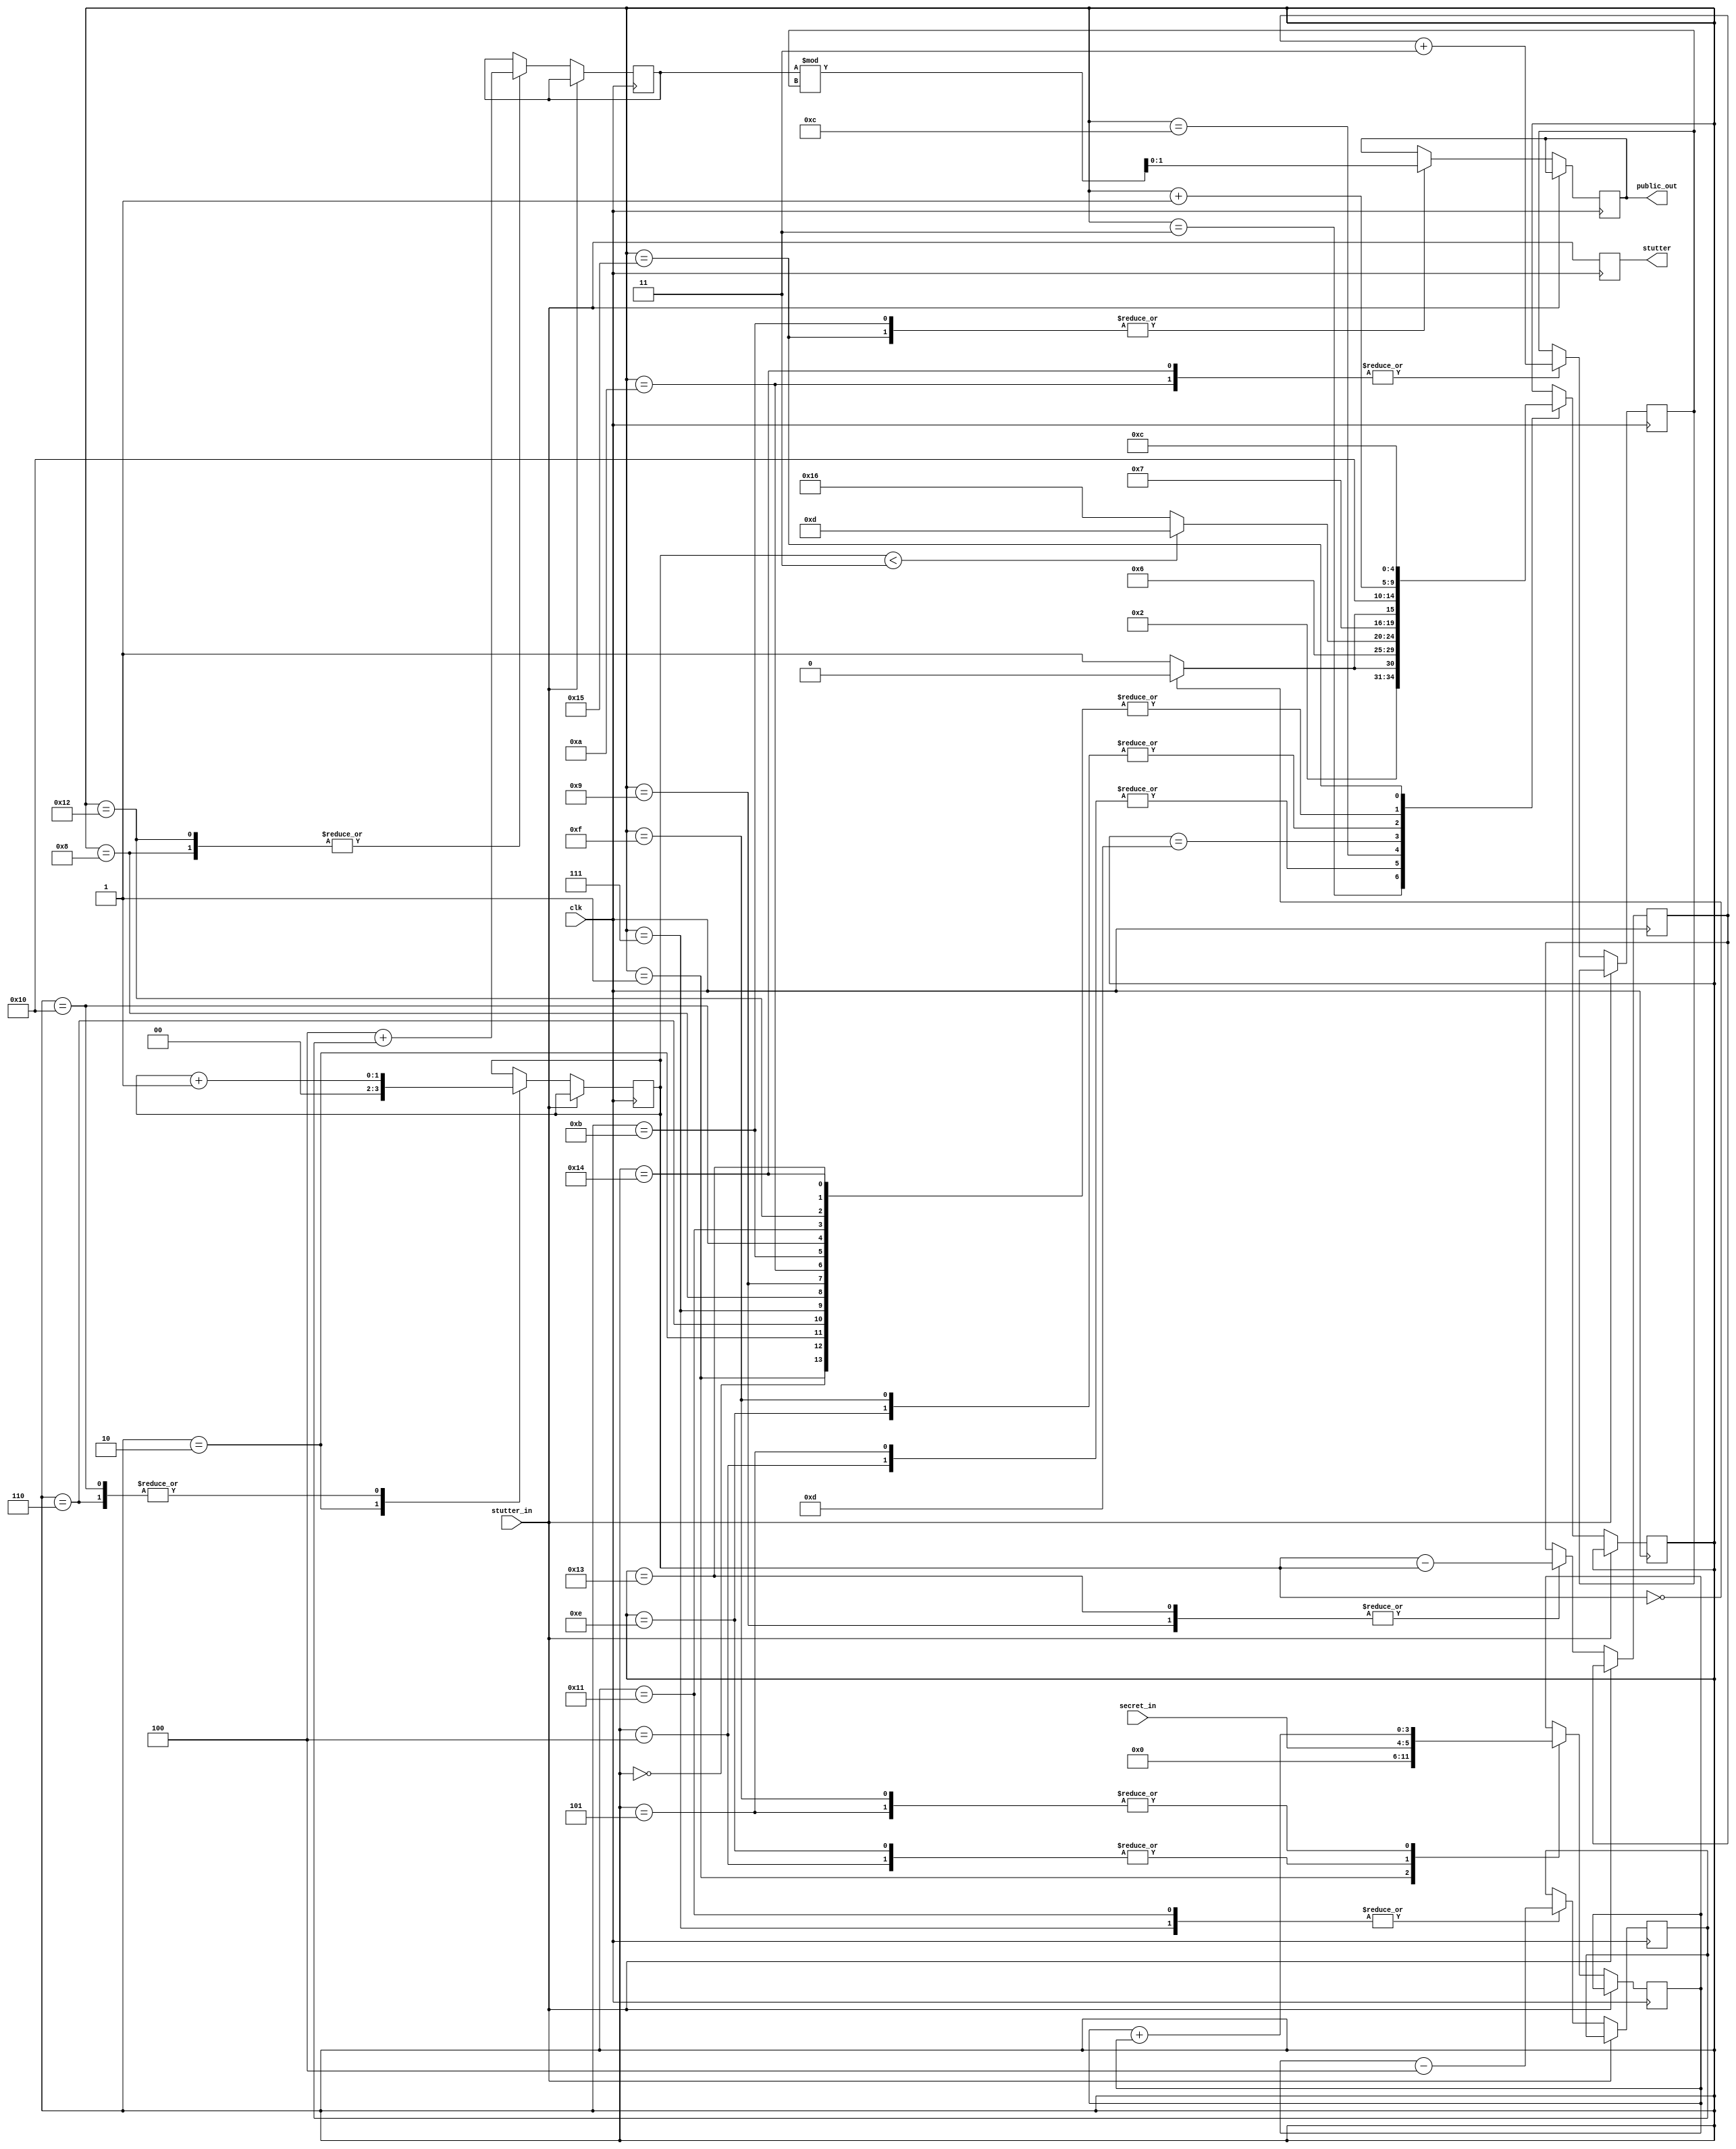
module TARGET_CODEBLOCK(
    input clk,
    input stutter_in,
    input [1:0] secret_in,

    output reg [1:0] public_out,
    output reg stutter
);

    reg [4:0] computation_step;
    reg [3:0] x;
    reg [1:0] k;
    reg [3:0] t0;
    reg [3:0] t1;
    reg [1:0] t2; 
    reg [1:0] t3;

    initial begin
        computation_step <= 0;
        t0 <= 0;
        t1 <= 0;
        t2 <= 0;
        t3 <= 0;
        x <= 0;
        k <= 0;
        public_out <= 0;
        stutter <= 0;
    end

    always @(posedge clk) begin
        stutter <= stutter_in;
        if (!stutter_in) begin
            case (computation_step)
                0:
                begin
                    computation_step <= computation_step + 1;
                end
                1:
                begin
                    x <= 0;
                    computation_step <= computation_step + 1;
                end
                2:
                begin
                    k <= 0;
                    computation_step <= computation_step + 1;
                end
                3:
                begin
                    computation_step <= (k == 0) ? 4 : 5;
                end
                4:
                begin
                    x <= secret_in;
                    computation_step <= 6;
                end
                5:
                begin
                    x <= x + x;
                    computation_step <= 6;
                end
                6:
                begin
                    k <= k + 1;
                    computation_step <= computation_step + 1;
                end
                7:
                begin
                    t0 <= (x - 4);
                    computation_step <= computation_step + 1;
                end
                8:
                begin
                    t1 <= 4 + t0;
                    computation_step <= computation_step + 1;
                end
                9:
                begin
                    t2 <= k - k;
                    computation_step <= computation_step + 1;
                end
                10:
                begin
                    t3 <= t2 + 3;
                    computation_step <= computation_step + 1;
                end
                11:
                begin
                    public_out <= t1 % t3;
                    computation_step <= computation_step + 1;
                end
                12:
                begin
                    computation_step <= (k < 3) ? 13 : 22;
                end
                13:
                begin
                    computation_step <= (k == 0) ? 14 : 15;
                end
                14:
                begin
                    x <= secret_in;
                    computation_step <= 16;
                end
                15:
                begin
                    x <= x + x;
                    computation_step <= 16;
                end
                16:
                begin
                    k <= k + 1;
                    computation_step <= computation_step + 1;
                end
                17:
                begin
                    t0 <= (x - 4);
                    computation_step <= computation_step + 1;
                end
                18:
                begin
                    t1 <= 4 + t0;
                    computation_step <= computation_step + 1;
                end
                19:
                begin
                    t2 <= k - k;
                    computation_step <= computation_step + 1;
                end
                20:
                begin
                    t3 <= t2 + 3;
                    computation_step <= computation_step + 1;
                end
                21:
                begin
                    public_out <= t1 % t3;
                    computation_step <= 12;
                end
                22:
                begin
                    
                end
            endcase
        end
    end

endmodule